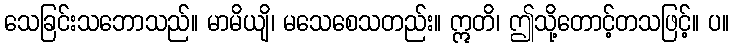
သေခြင်းသဘောသည်။ မာမိယျိ၊ မသေစေသတည်း။ ဣတိ၊ ဤသို့တောင့်တသဖြင့်။ ပ။